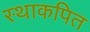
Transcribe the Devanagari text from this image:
स्थाकपित